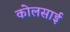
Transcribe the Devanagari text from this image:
कोलसाई